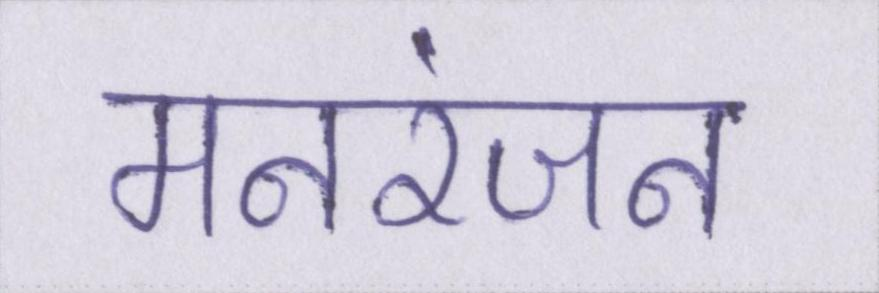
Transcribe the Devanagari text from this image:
मनरंजन